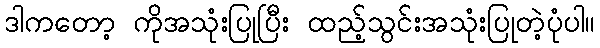
ဒါကတော့ ကိုအသုံးပြုပြီး ထည့်သွင်းအသုံးပြုတဲ့ပုံပါ။